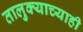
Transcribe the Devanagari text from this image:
तालुक्याच्याही